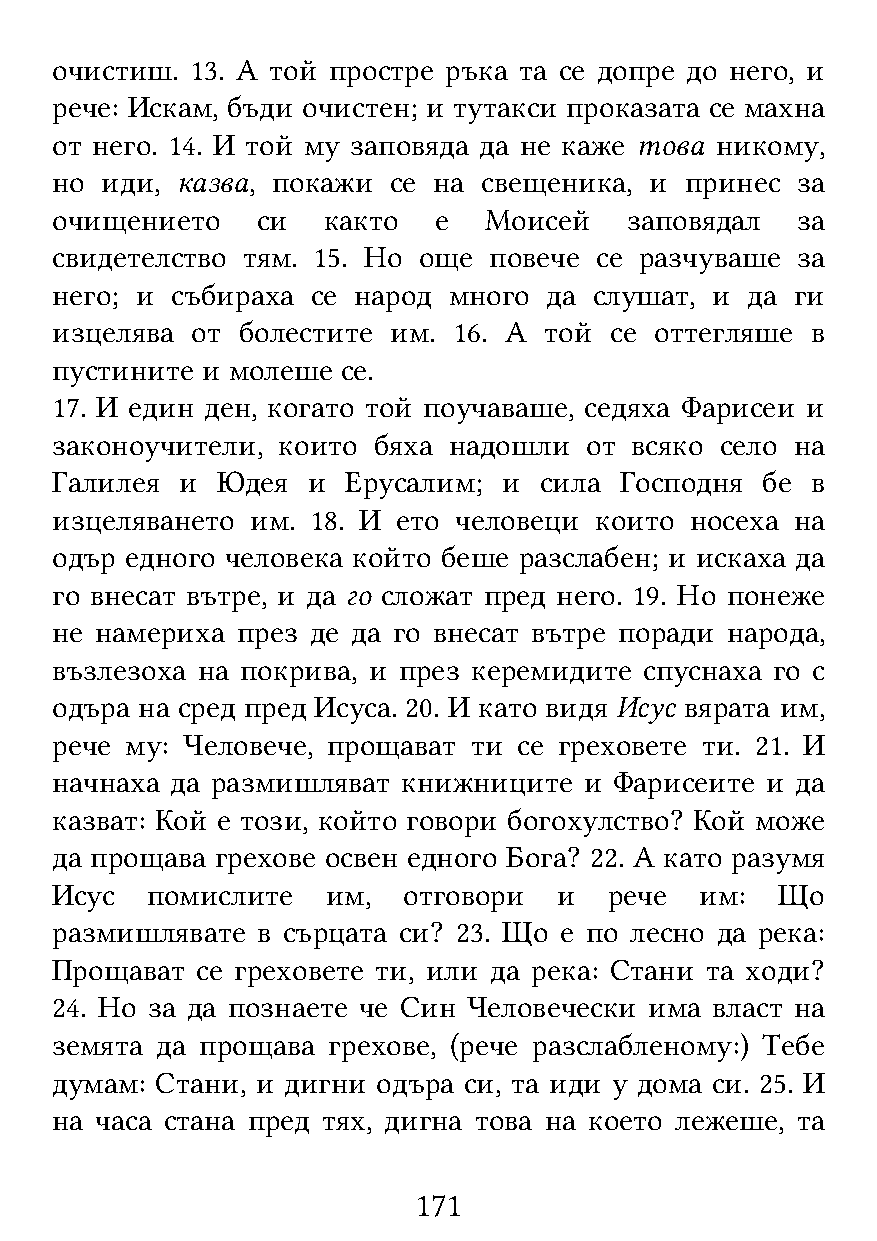
очистиш.  13. А той простре ръка та се допре до него, и
 рече: Искам, бъди очистен; и тутакси проказата се махна
 от него. 14. И той му заповяда да не каже това никому,
 но  иди, казва, покажи се на свещеника, и принес  за
 очищението    си  както   е  Моисей   заповядал   за
 свидетелство тям. 15. Но още повече се разчуваше  за
 него; и събираха  се народ много да слушат, и да  ги
 изцелява  от болестите им. 16. А той се оттегляше  в
 пустините и молеше  се.
 17. И един ден, когато той поучаваше, седяха Фарисеи и
 законоучители, които  бяха надошли  от всяко село на
 Галилея  и Юдея  и  Ерусалим; и  сила Господня бе  в
 изцеляването  им. 18. И ето человеци които носеха на
 одър едного человека който беше разслабен; и искаха да
 го внесат вътре, и да го сложат пред него. 19. Но понеже
 не намериха  през де да го внесат вътре поради народа,
 възлезоха на покрива, и през керемидите спуснаха го с
 одъра на сред пред Исуса. 20. И като видя Исус вярата им,
 рече му: Человече, прощават ти се греховете ти. 21. И
 начнаха да размишляват  книжниците  и Фарисеите и да
 казват: Кой е този, който говори богохулство? Кой може
 да прощава грехове освен едного Бога? 22. А като разумя
 Исус   помислите   им,  отговори  и  рече  им:   Що
 размишлявате  в сърцата си? 23. Що е по лесно да река:
 Прощават  се греховете ти, или да река: Стани та ходи?
 24. Но за да познаете че Син Человечески има власт на
 земята да прощава  грехове, (рече разслабленому:) Тебе
 думам: Стани, и дигни одъра си, та иди у дома си. 25. И
 на часа стана пред тях, дигна това на което лежеше, та
 171